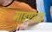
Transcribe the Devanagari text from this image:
माइएस्टर